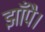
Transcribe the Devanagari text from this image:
झाँपै।